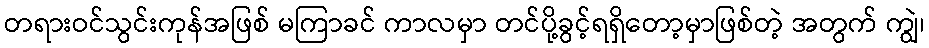
တရားဝင်သွင်းကုန်အဖြစ် မကြာခင် ကာလမှာ တင်ပို့ခွင့်ရရှိတော့မှာဖြစ်တဲ့ အတွက် ကျွဲ၊